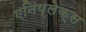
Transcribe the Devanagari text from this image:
एनिप्लेक्स